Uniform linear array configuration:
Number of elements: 4
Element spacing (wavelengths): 0.75
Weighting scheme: exponential
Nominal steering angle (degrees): -15
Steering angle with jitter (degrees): -15.329
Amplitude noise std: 0.05
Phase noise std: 0.05

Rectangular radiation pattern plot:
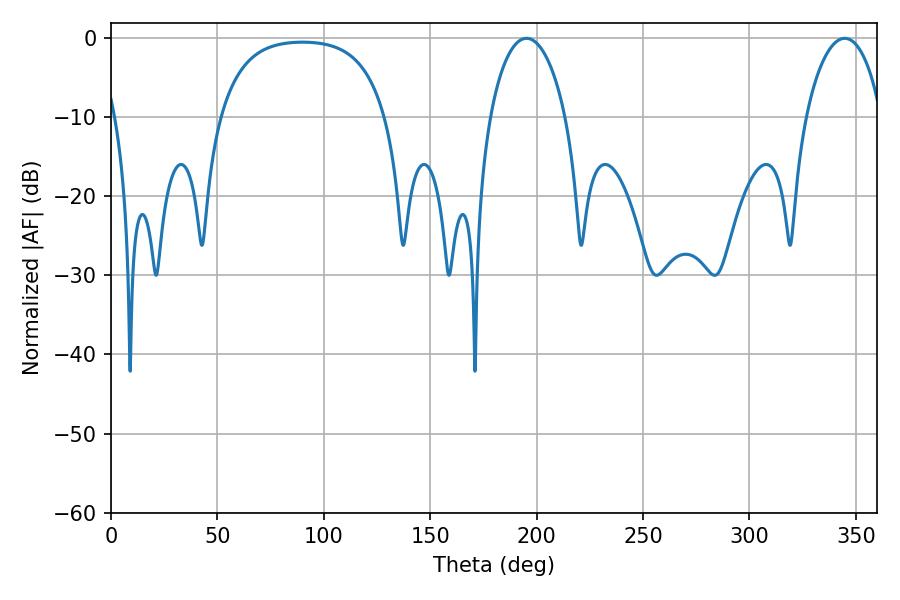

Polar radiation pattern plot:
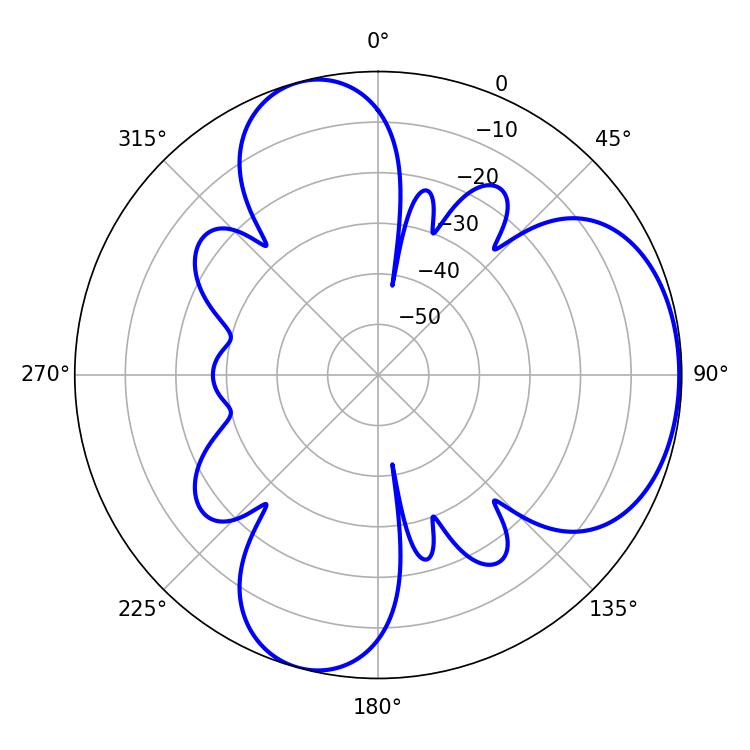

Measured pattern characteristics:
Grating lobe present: TRUE
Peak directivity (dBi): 5.307
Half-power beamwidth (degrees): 20.34
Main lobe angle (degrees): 195.3